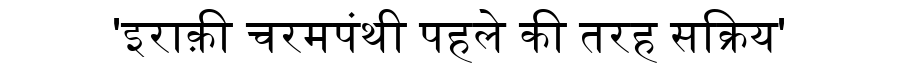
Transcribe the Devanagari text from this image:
'इराक़ी चरमपंथी पहले की तरह सक्रिय'